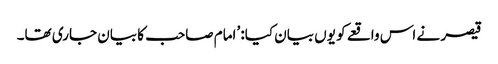
قیصر نے اس واقعے کو یوں بیان کیا: ’امام صاحب کا بیان جاری تھا۔